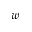
w